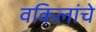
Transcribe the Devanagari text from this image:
वकिलांचे